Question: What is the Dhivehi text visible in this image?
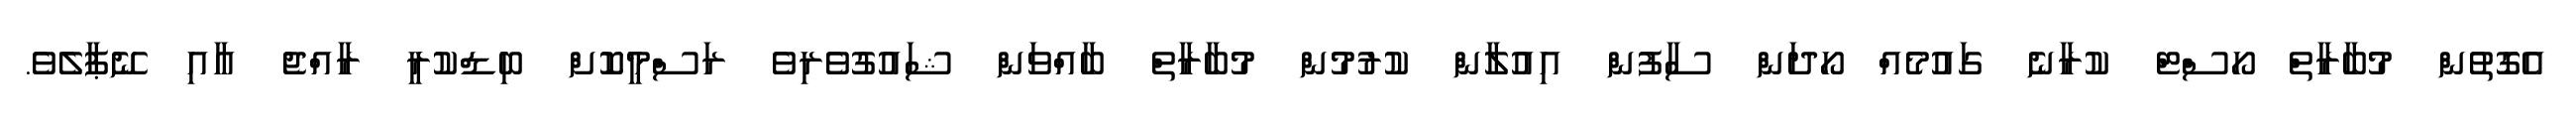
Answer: އެގޮތުން މުބާރާތް ހޯސްޓް ކުރާނެ ގައުމެއް ހޯދަން ސާފުން އިއުލާން ކުރުމުން މުބާރާތް ބާއްވަން ޝައުގުވެރިވެ ރަސްމީކޮށް ބިޑްކުރީ ރާއްޖެ އާއި ނޭޕާލެވެ.